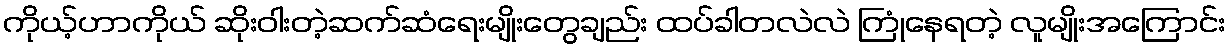
ကိုယ့်ဟာကိုယ် ဆိုးဝါးတဲ့ဆက်ဆံရေးမျိုးတွေချည်း ထပ်ခါတလဲလဲ ကြုံနေရတဲ့ လူမျိုးအကြောင်း